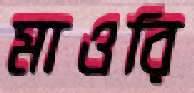
মাওরি